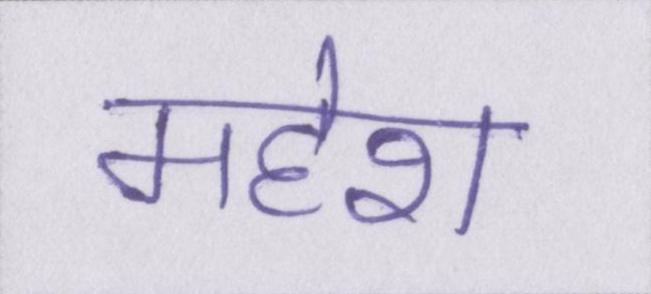
महेश